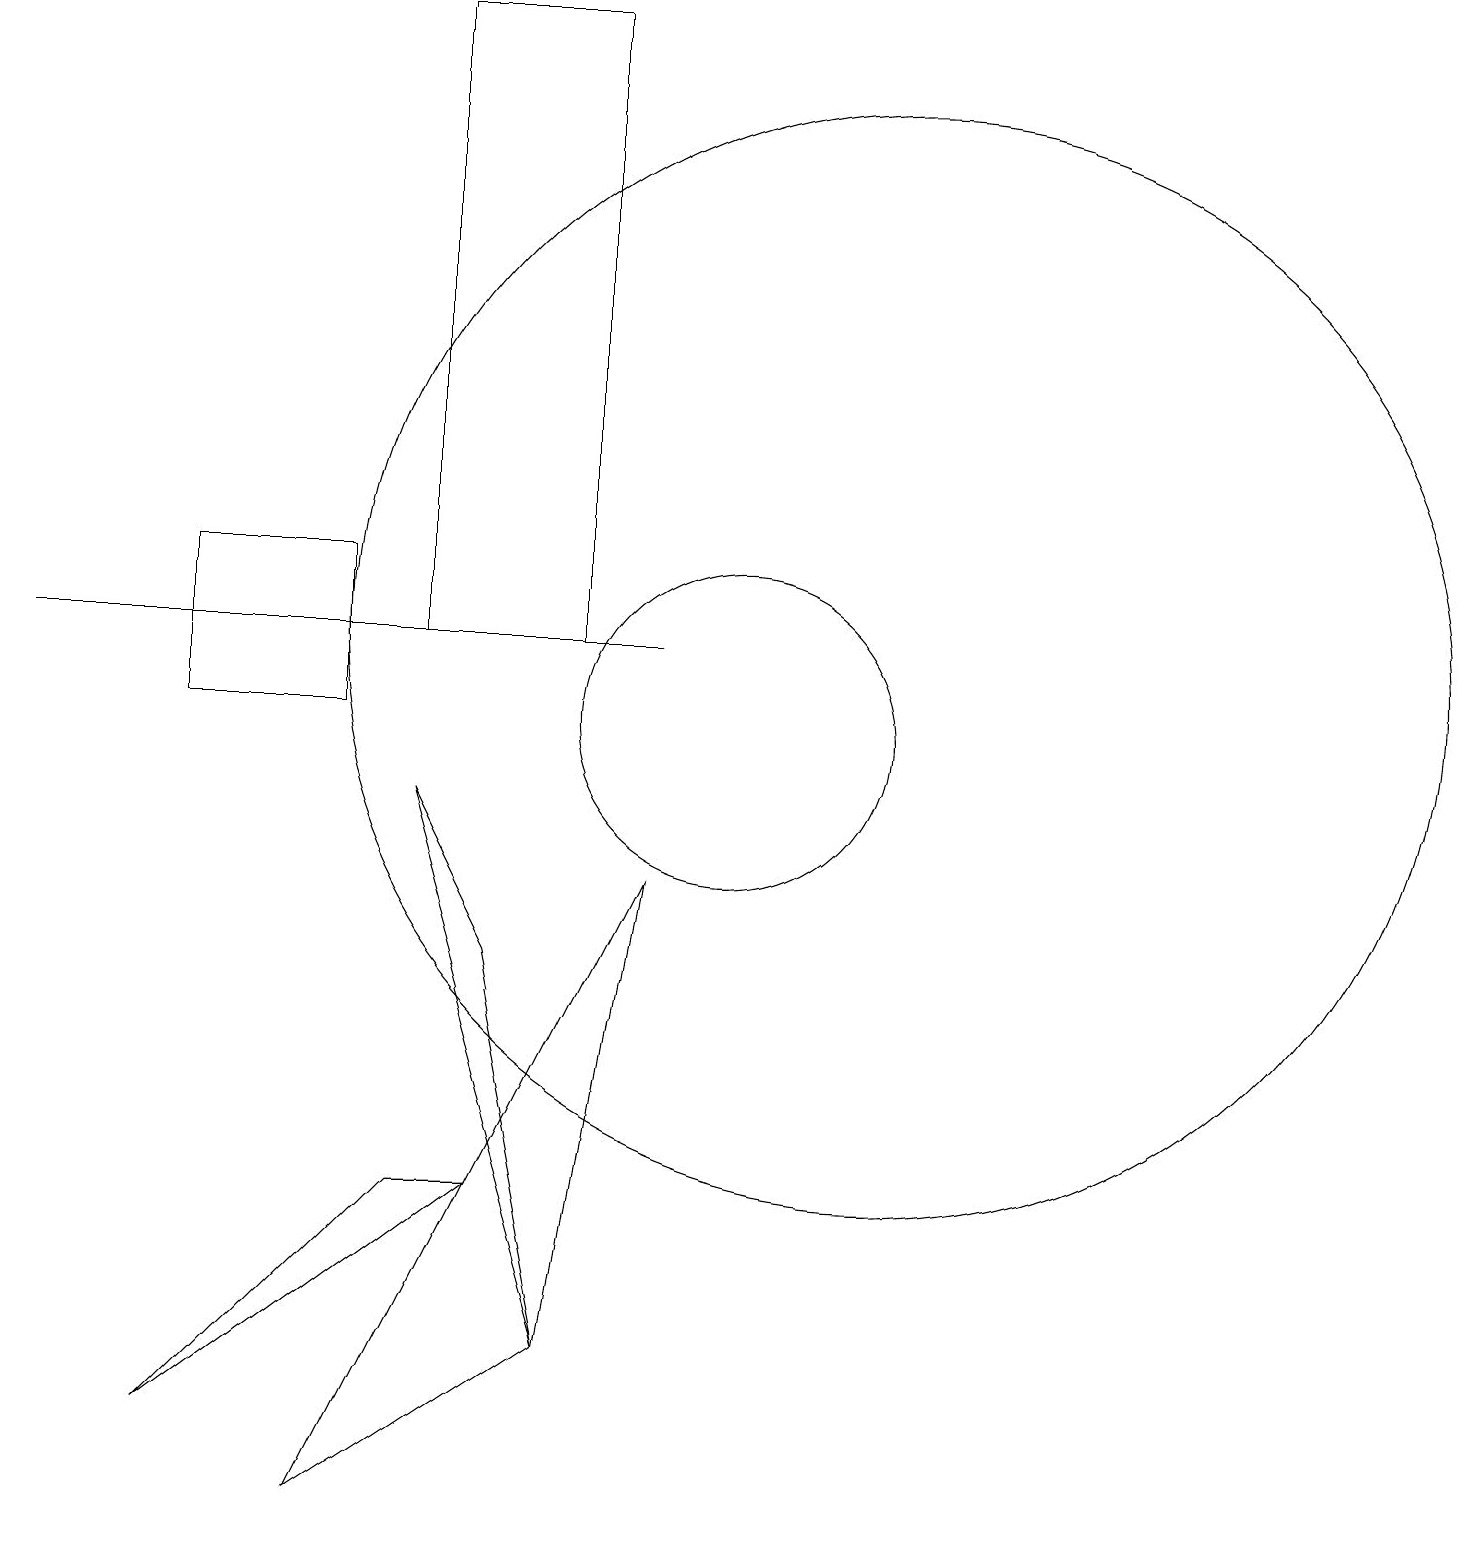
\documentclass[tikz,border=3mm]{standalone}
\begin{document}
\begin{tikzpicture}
\draw (6,11) rectangle (8,19);
\draw (8,2) -- (9,8) -- (5,0) -- cycle;
\draw (5,12) rectangle (3,10);
\draw (10,10) circle (2);
\draw (12,11) circle (7);
\draw (7,4) -- (6,4) -- (3,1) -- cycle;
\draw (6,9) -- (8,2) -- (7,7) -- cycle;
\draw (1,11) rectangle (9,11);
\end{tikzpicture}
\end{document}